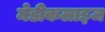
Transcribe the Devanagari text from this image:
मेडीकलाइज